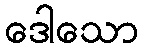
ဒေါသော